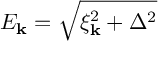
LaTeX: E _ { \bf k } = \sqrt { \xi _ { \bf k } ^ { 2 } + \Delta ^ { 2 } }